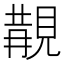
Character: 𧡔